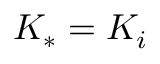
K _ { * } = K _ { i }